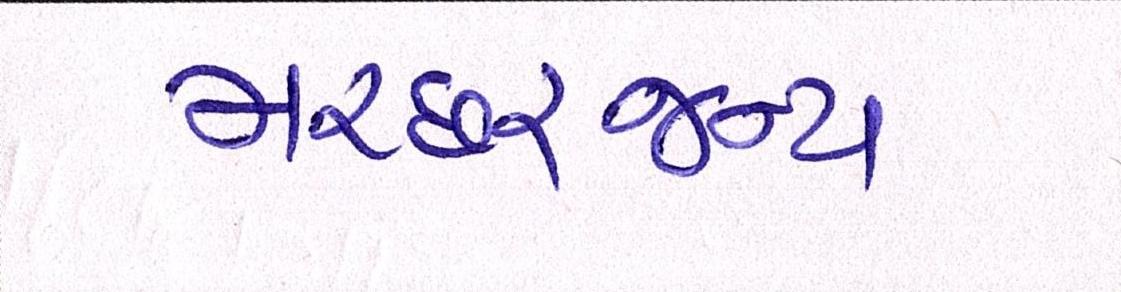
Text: મચ્છરજન્ય